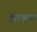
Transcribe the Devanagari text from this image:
झाबुक